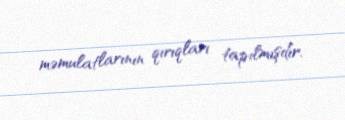
məmulatlarının qırıqları tapılmışdır.